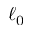
\ell _ { 0 }